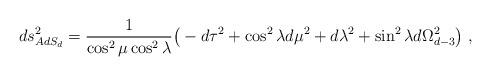
LaTeX: \begin{align*}ds^2_{AdS_d} = {1\over \cos^2\mu\cos^2\lambda} \big( -d\tau^2 + \cos^2\lambda d\mu^2 + d\lambda^2 +\sin^2\lambda d\Omega_{d-3}^2\big)\ ,\end{align*}